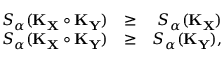
\begin{array} { r l r } { S _ { \alpha } ( \mathbf { K } _ { \mathbf { X } } \circ \mathbf { K } _ { \mathbf { Y } } ) } & { \geq } & { S _ { \alpha } ( \mathbf { K } _ { \mathbf { X } } ) } \\ { S _ { \alpha } ( \mathbf { K } _ { \mathbf { X } } \circ \mathbf { K } _ { \mathbf { Y } } ) } & { \geq } & { S _ { \alpha } ( \mathbf { K } _ { \mathbf { Y } } ) , } \end{array}